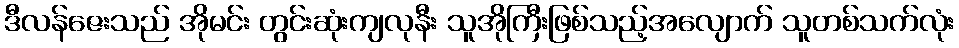
ဒီလန်ဇေးသည် အိုမင်း တွင်းဆုံးကျလုနီး သူအိုကြီးဖြစ်သည့်အလျောက် သူတစ်သက်လုံး